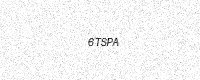
Text: 6TSPA